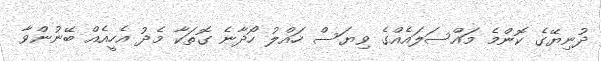
ދުނިޔޭގެ ކޮންމެ މައްސަލައެއްގެ ވިޔަސް ހައްލު ހޯދާނެ ގޮތަކާ މެދު އެހީއެއް ބޭނުންވާ